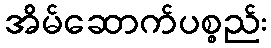
အိမ်ဆောက်ပစ္စည်း